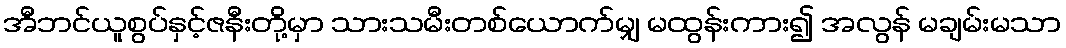
အီဘင်ယူစွပ်နှင့်ဇနီးတို့မှာ သားသမီးတစ်ယောက်မျှ မထွန်းကား၍ အလွန် မချမ်းမသာ